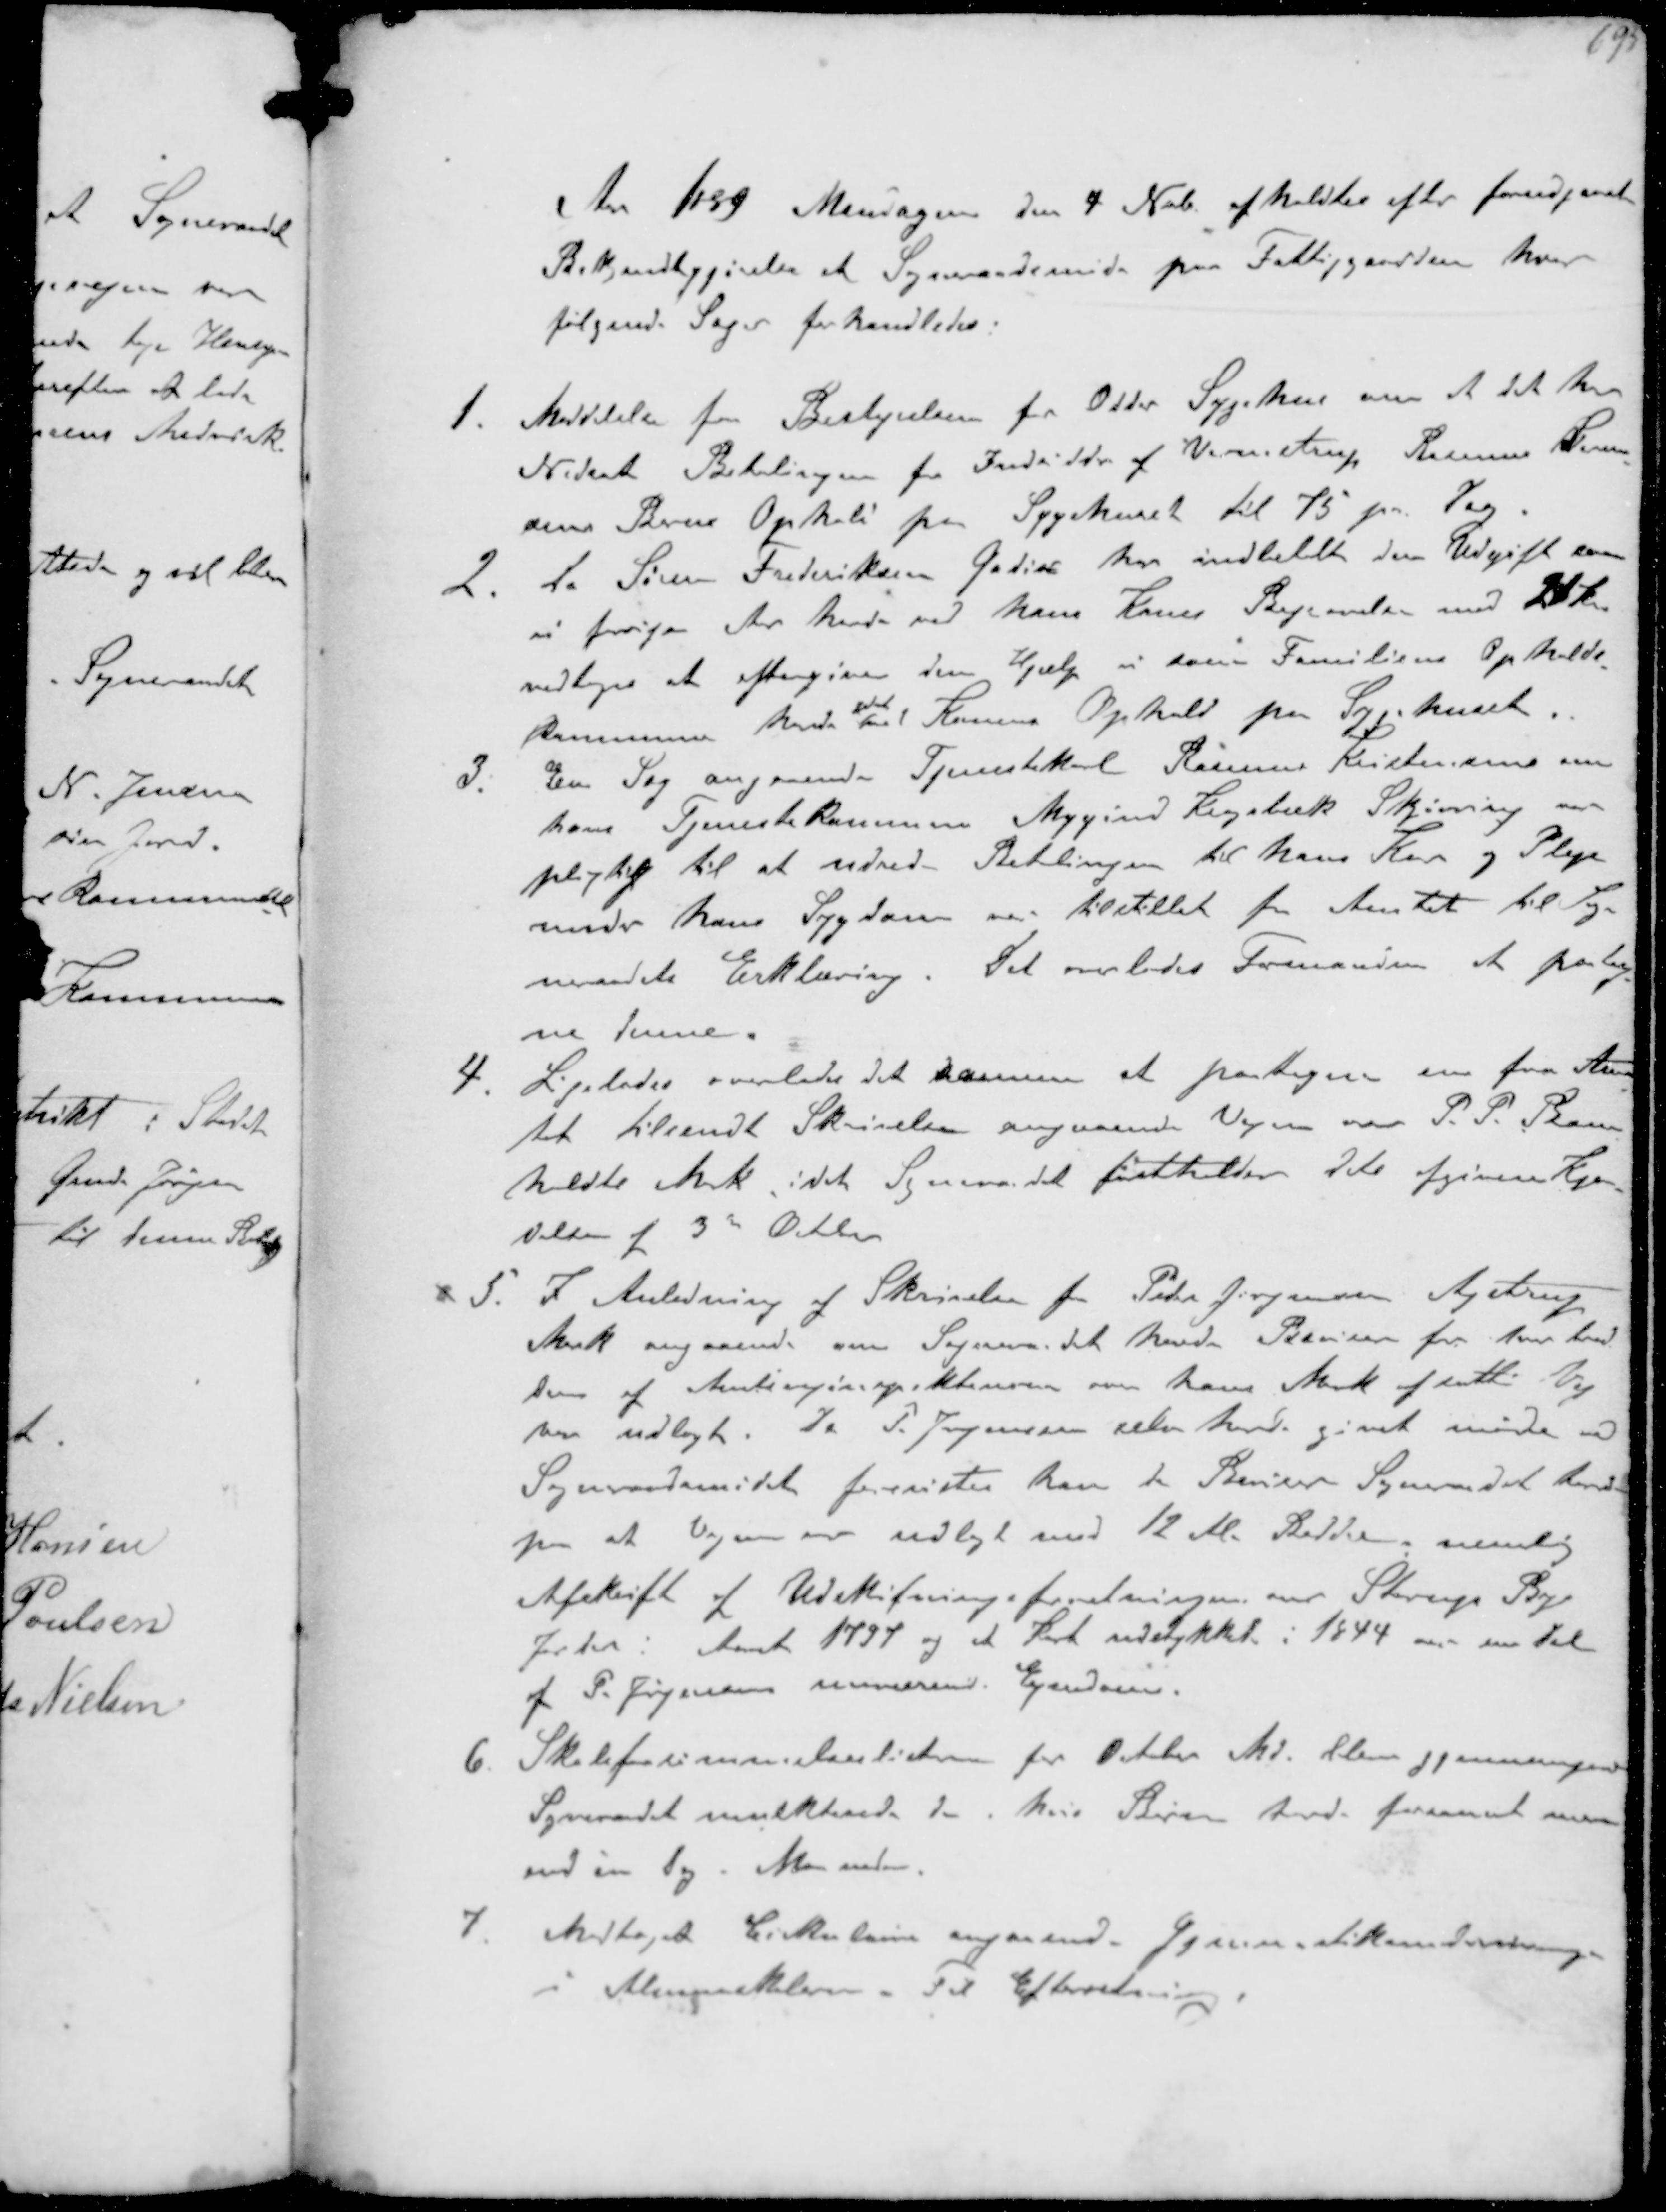
Transskription:
Aar 1889 Mandagen den 4 Nvb afholdtes efter forudgaaet
Bekjendtgørelse et Sogneraadsmøde paa Fattiggaarden hvor
følgende Sager forhandledes.
1. Meddelelse fra Bestyrelsen for Odder Sygehus om at det har
Nedsat Betalingen for Indsidder af Vormstrup Rasmus Søren-
sens Barns Ophold paa Sygehuset til 75 kr. pr. Dag
2 Da Søren Frederiksen Gadier har indbetalt den Udgift som
vi forrige Aar havde ved hans Kones Begravelse med 21 Kr
vedtoges at eftergive den Hjælp vi som Familiens Opholds-
kommune havde ved Konens Ophold paa Sygehuset
3. En Sag angaaende Tjenestekarl Rasmus Kristensen om
hans Tjeneste Rasmussen Mygind Krogsbæk Støvring var
pligtig til at udrede Betalingen til hans Kur og Pleje
under hans Sygdomme tilstillet fra Amtet til Sog-
neraadets Erklæring. Det overlades Formanden at paateg-
ne denne
4 Ligeledes overlodes det samme at tegne en fra Am-
tet tilsendt Skrivelse angaaende Vejen over P. P. Bom-
holdts Mark, idet Sogneraadet fastholder dets afgivne Kjen-
delse af 3de October
5. I Anledning af Skrivelse fra Peter Sørensen Ajstrup
Mark angaaende om Sogneraadet havde Beviser hvor bred
den af Amtsvejinspektionen over hans Mark afsatte Vej
var udlagt Da P. Jørgensen selv har givet møde ved
Sogneraadsmødet forevistes han de Beviser Sogneraadet havde
paa at Vejen var udlagt med 12 Alen Bredde nemlig
Afskrift i Udskifningsforeningen over Starup Bys
Jorder i Aaret 1794 og et Kort udstykket i 1844 over en Del
af J. P. Sørensen nuværende Ejendom.
6 Skoleforsømmelseslisterne for Oktbr Md blev gjennemgaaede
Sognraadet mulkterede de hvis Børn havde forsømt mere
end en Dag i Maaneden.
7. Modtaget Cirkulære angaaende Gymnastikundervisning
i Almueskolen. Til Efterretning